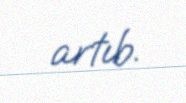
artıb.